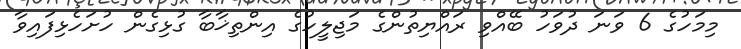
މިމަހުގެ 6 ވަނަ ދުވަހު ބޭއްވި ރައްޔިތުންގެ މަޖިލީހުގެ އިންތިޚާބާ ގުޅިގެން ހުށަހެޅިފައިވާ